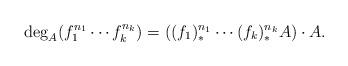
LaTeX: \begin{align*}\deg_A(f_1^{n_1}\cdots f_k^{n_k})=((f_1)^{n_1}_*\cdots (f_k)^{n_k}_*A)\cdot A.\end{align*}